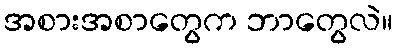
အစားအစာတွေက ဘာတွေလဲ။